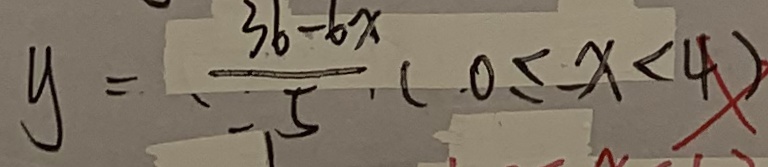
y = \frac { 3 6 - 6 x } { 5 } ( 0 \leq - x < 4 )